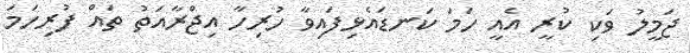
ޖަމީލު ވަކި ކުރީ އެއީ ހަމަ ކަނޑައެޅިފައިވާ ހުރިހާ އިޖްރާއަތު ތައް ފުރިހަމަ